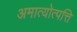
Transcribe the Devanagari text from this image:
अमात्योत्पत्ति